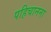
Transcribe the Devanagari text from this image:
पहिचानना